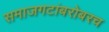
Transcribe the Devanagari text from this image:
समाजगटांबरोबरच